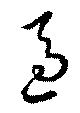
逼